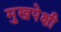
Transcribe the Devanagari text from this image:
मुखपेक्षी